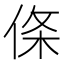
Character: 𪝉